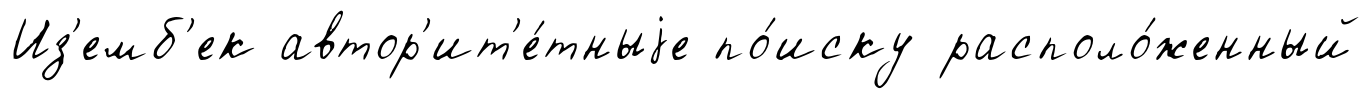
Из'емб'ек автор'ит'е́тныjе по́иску располо́женный